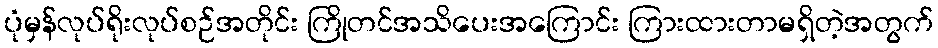
ပုံမှန်လုပ်ရိုးလုပ်စဉ်အတိုင်း ကြိုတင်အသိပေးအကြောင်း ကြားထားတာမရှိတဲ့အတွက်